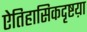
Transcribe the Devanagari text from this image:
ऐतिहासिकदृष्टय़ा